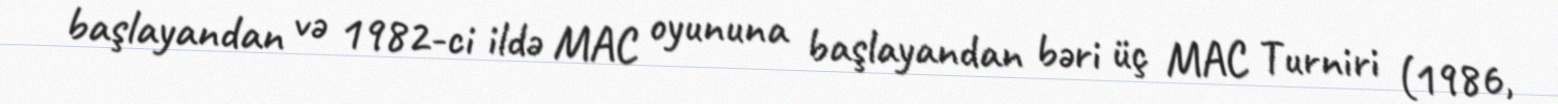
başlayandan və 1982-ci ildə MAC oyununa başlayandan bəri üç MAC Turniri (1986,